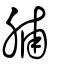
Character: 脯